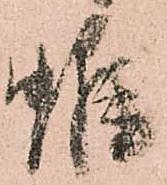
雖